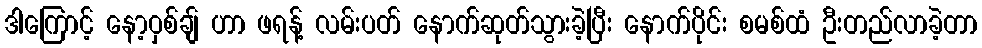
ဒါကြောင့် နော့ဝှစ်ချ် ဟာ ဖရန့် လမ်းပတ် နောက်ဆုတ်သွားခဲ့ပြီး နောက်ပိုင်း စမစ်ထံ ဦးတည်လာခဲ့တာ